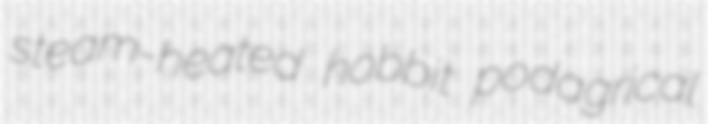
steam-heated hobbit podagrical